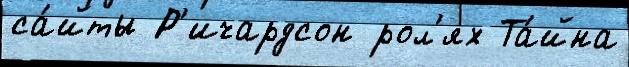
са́йты Р'ичардсон рол'ях Та́йна